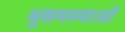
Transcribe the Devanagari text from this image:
भूसमस्याओं